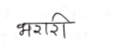
मजकूर: भरारी